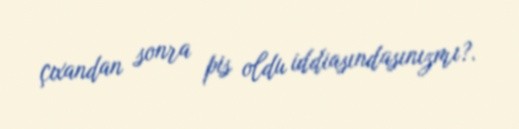
çıxandan sonra pis oldu iddiasındasınızmı?.